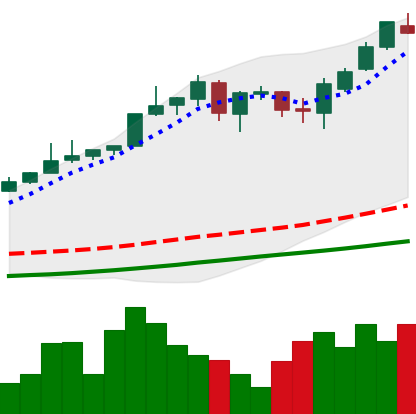
Ticker: BTC-USD
Chart end date: 2017-05-21
Forward return: 7.898%
Label: up_7plus